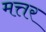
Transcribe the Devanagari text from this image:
मत्तर